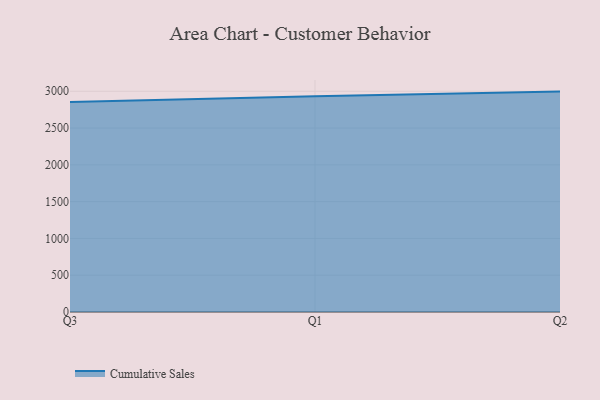
{"axis": {"x": "Quarter", "y": "Customer Acquisition Cost (USD)"}, "legend": ["Cumulative Sales"], "data": [{"x": "Q3", "y": 2855.1, "type": "Cumulative Sales"}, {"x": "Q1", "y": 2933.5, "type": "Cumulative Sales"}, {"x": "Q2", "y": 2995.6, "type": "Cumulative Sales"}]}